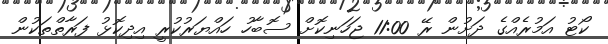
ކޯޓު އަމުރެއްގެ ދަށުން ރޭ 11:00 ޖަހަނިކޮށް ސޮބާހު ހައްޔަރުކުރީ އިދިކޮޅު ފަރާތްތަކުން